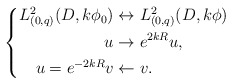
\begin{align*} \left\{\begin{aligned}L^2_{(0,q)}(D, k\phi_0)&\leftrightarrow L^2_{(0,q)}(D, k\phi) \\u&\rightarrow e^{2kR}u, \\u=e^{-2kR}v&\leftarrow v.\end{aligned}\right.\end{align*}